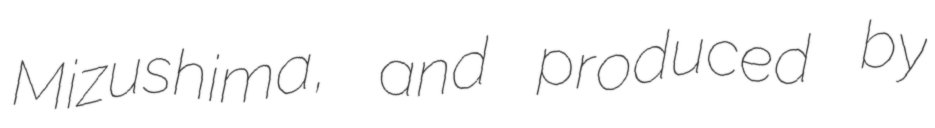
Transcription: Mizushima, and produced by